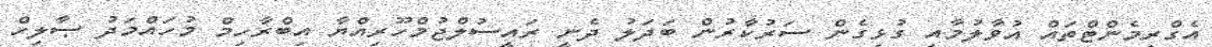
އެގްރިމެންޓްތައް އުވާލުމާއި ގުޅިގެން ސަރުކާރުން ބަދަލު ދެނީ ރައީސުލްޖުމްހޫރިއްޔާ އިބްރާހިމް މުހައްމަދު ޞާލިހް